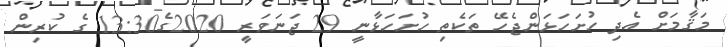
މަޤާމަށް އެދި ހުށަހަޅަންޖެހޭ ތަކެތި ހުށަހަޅާނީ 29 ޖަނަވަރީ 2020ގެ13:30 ގެ ކުރިން